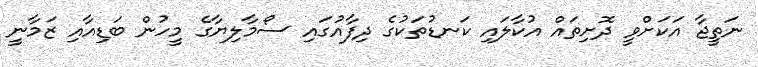
ނަތީޖާ އަކަށްވީ ދޮށިތައް އުކާލައި ކަނޑުތަކުގެ ދިފާއުގައި ސޯމާލިޔާގެ މީހުން ބަޑިއާއި ޒަމާނީ